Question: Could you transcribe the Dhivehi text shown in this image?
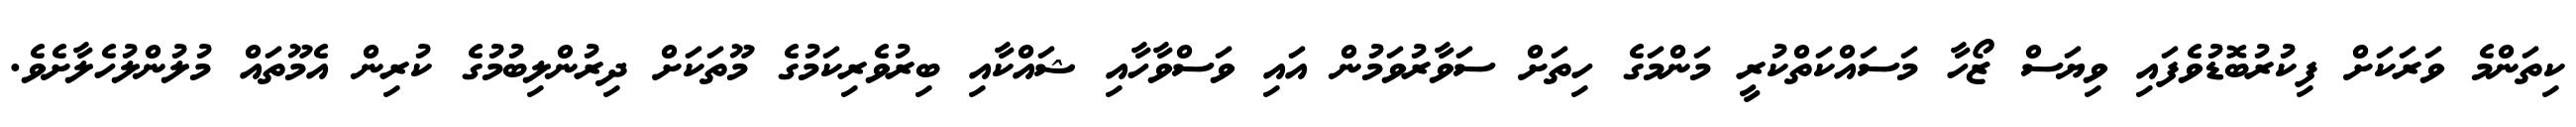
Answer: ކިތަންމެ ވަރަކަށް ފިކުރުބޮޑުވެފައި ވިޔަސް ޒޯހާ މަސައްކަތްކުރީ މަންމަގެ ހިތަށް ސަވާރުވަމުން އައި ވަސްވާހާއި ޝައްކާއި ބިރުވެރިކަމުގެ މޫތަކަށް ދިރުންލިބުމުގެ ކުރިން އެމޫތައް މުލުންލުހެލާށެވެ.